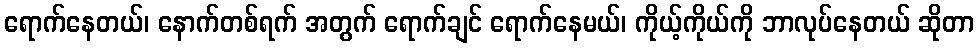
ရောက်နေတယ်၊ နောက်တစ်ရက် အတွက် ရောက်ချင် ရောက်နေမယ်၊ ကိုယ့်ကိုယ်ကို ဘာလုပ်နေတယ် ဆိုတာ